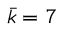
\bar { k } = 7